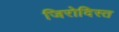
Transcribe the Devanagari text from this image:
जिरोदिस्त